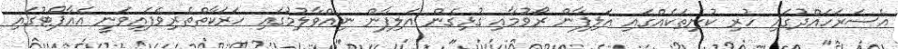
އެސަރަހައްދުގައި ހުރި ކުނިތަކެއްގައި އަލިފާން ރޯވުމާއި ގުޅިގެން އަލިފާން ނިއްވާލުމުގައި ހަރަކާތްތެރިވެފައިވަނީ އެއާޕޯޓުގައި